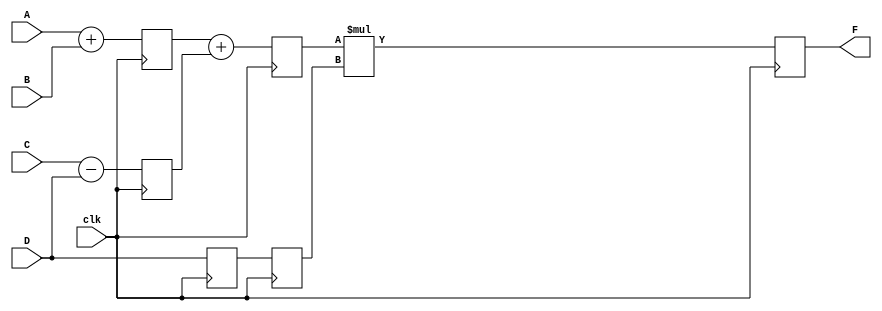
module pipe_3stage (F, A, B, C, D, clk);
parameter N = 10;
input [N-1:0] A, B, C, D;
input clk;
output [N-1:0] F;
reg [N-1:0] L12_x1, L12_x2, L12_D, L23_x3, L23_D, L34_F;
assign F = L34_F;
always @(posedge clk) // stage 1 
begin
L12_x1 <= #4 A + B;
L12_x2 <= #4 C - D;
L12_D <= D; 
end

always @(posedge clk) // STAGE 2
begin
L23_x3 <= #4 L12_x1 + L12_x2;
L23_D <= L12_D; 
end

always @(posedge clk) // STAGE 3
L34_F <= #6 L23_x3 * L23_D; 
endmodule




module pipe_3stage_test;
parameter N = 10;
wire [N-1:0] F;
reg [N-1:0] A, B, C, D;
reg clk;
pipe_3stage PIPE1 (F, A, B, C, D, clk);
initial clk = 0;
always #10 clk = ~clk;

initial
begin
#5 A = 11; B = 12; C = 13; D = 3; // F = 99 
#20 A = 10; B = 10; C = 5; D = 10; // F =150
#20 A = 2; B = 2; C = 2; D = 4; // F = 8
#20 A = 15; B = 10; C = 8; D = 2; // F = 62 
#20 A = 8; B = 15; C = 5; D = 0; // F = 0 
#20 A = 10; B = 20; C = 5; D = 3; // F = 66 
#20 A = 10; B = 10; C = 30; D = 1; // F = 49 
#20 A = 30; B = 1; C = 2; D = 4; // F = 116 
end
initial
begin
$dumpfile ("pipe_3stage.vcd");
$dumpvars (0, pipe_3stage_test);
$monitor ($time,":F = %d", F);
#300 $finish;
end
endmodule